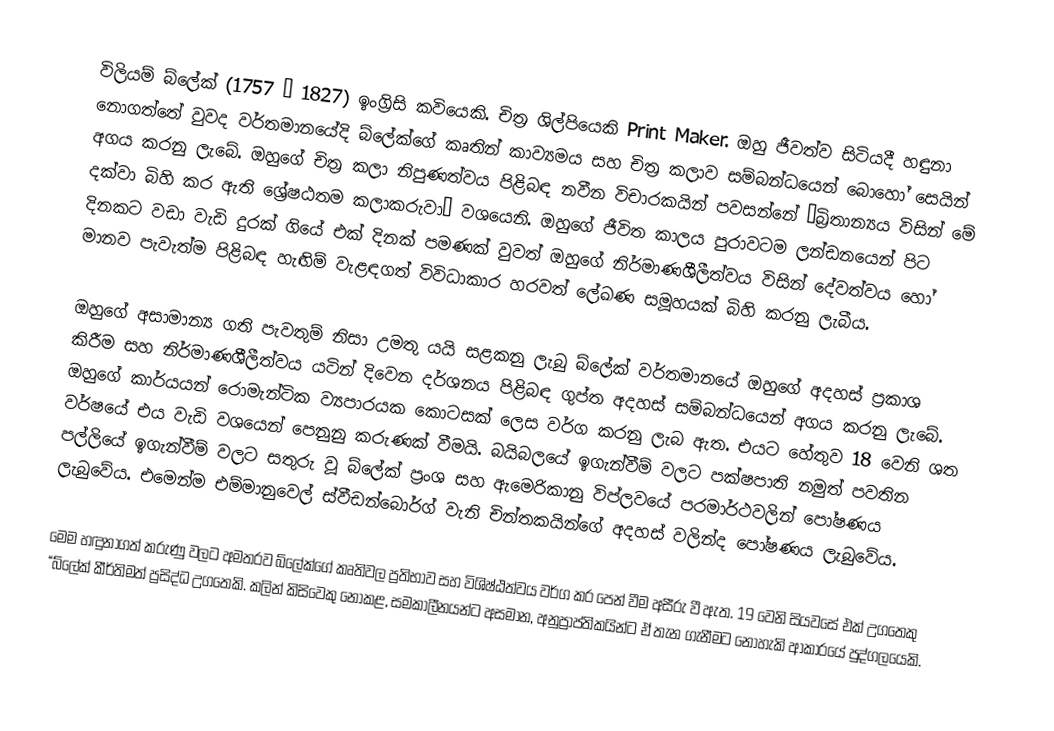
විලියම් බ්ලේක් (1757 – 1827) ඉංග්‍රිසි කවියෙකි. චිත්‍ර ශිල්පියෙකි Print Maker. ඔහු ජීවත්ව සිටියදී හඳුනා නොගත්තේ වුවද වර්තමානයේදි බ්ලේක්ගේ කෘතින් කාව්‍යමය සහ චිත්‍ර කලාව සම්බන්ධයෙන් බොහෝ සෙයින් අගය කරනු ලැබේ. ඔහුගේ චිත්‍ර කලා නිපුණත්වය පිළිබඳ නවීන විචාරකයින් පවසන්නේ “බ්‍රිතාන්‍යය විසින් මේ දක්වා බිහි කර ඇති ශ්‍රේෂඨතම කලාකරුවා” ව‍ශයෙනි. ඔහුගේ ජීවිත කාලය පුරාවටම ලන්ඩනයෙන් පිට දිනකට වඩා වැඩි දුරක් ගියේ එක් දිනක් පමණක් වුවත් ඔහුගේ නිර්මාණශීලීත්වය විසින් දේවත්වය හෝ මානව පැවැත්ම පිළිබඳ හැඟිම් වැළඳගත් විවිධාකාර හරවත් ලේඛණ සමූහයක් බිහි කරනු ලැබීය.

ඔහුගේ අසාමාන්‍ය ගති පැවතුම් නිසා උමතු යයි සළකනු ලැබු බ්ලේක් වර්තමානයේ ඔහුගේ අදහස් ප්‍රකාශ කිරීම සහ නිර්මාණශීලීත්වය යටින් දිවෙන දර්ශනය පිළිබඳ ගුප්ත අදහස් සම්බන්ධයෙන් අගය කරනු ලැබේ. ඔහුගේ කාර්යයන් රොමැන්ටික ව්‍යපාරයක කොටසක් ලෙස වර්ග කරනු ලැබ ඇත. එයට හේතුව 18 වෙනි ශත වර්ෂයේ එය වැඩි වශයෙන් පෙනුනු කරුණක් වීමයි. බයිබලයේ ඉගැන්වීම් වලට පක්ෂපාති නමුත් පවතින පල්ලියේ ඉගැන්වීම් වලට සතුරු වූ බ්ලේක් ප්‍රංශ සහ ඇමෙරිකානු විප්ලවයේ පරමාර්ථවලින් පෝෂණය ලැබුවේය. එමෙන්ම එම්මානුවෙල් ස්වීඩන්බොර්ග් වැනි චින්තකයින්ගේ අදහස් වලින්ද පෝෂණය ලැබුවේය.

මෙම හඳුනාගත් කරුණු වලට අමතරව බ්ලේක්ගේ කෘතිවල ප්‍රතිභාව සහ විශිෂ්ඨත්වය වර්ග කර පෙන් වීම අසීරු වී ඇත. 19 වෙනි සියවසේ එක් උගතෙකු “බ්ලේක් කීර්තිමත් ප්‍රසිද්ධ උගතෙකි. කලින් කිසිවෙකු නොකළ, සමකාලීනයන්ට අසමාන, අනුප්‍රාප්තිකයින්ට ඒ තැන ගැනීමට නොහැකි ආකාරයේ පුද්ගලයෙකි.